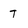
Character: T